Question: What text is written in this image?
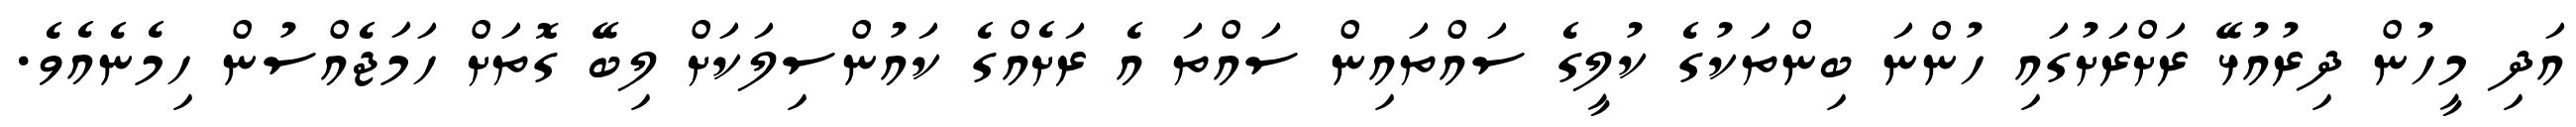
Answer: އަދި މީހުން ދިރުއުޅޭ ރަށްރަށުގައި ހުންނަ ބިންތަކުގެ ކުލީގެ ސައްތައިން ސައްތަ އެ ރަށެއްގެ ކައުންސިލަކަށް ލިބޭ ގޮތަށް ހަމަޖެއްސުން ހިމެނެއެވެ.